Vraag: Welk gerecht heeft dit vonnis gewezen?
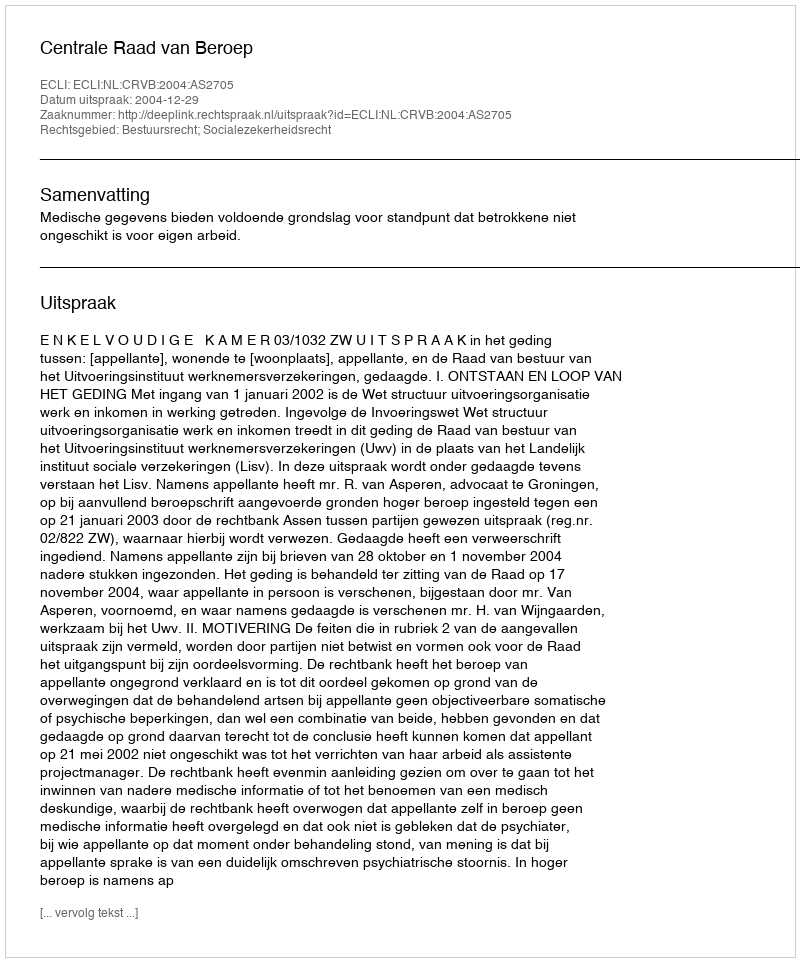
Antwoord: Centrale Raad van Beroep